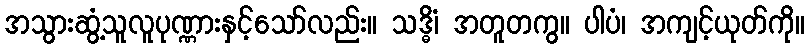
အသွားဆွံ့သူလူပုဏ္ဏားနှင့်သော်လည်း။ သဒ္ဓိံ၊ အတူတကွ။ ပါပံ၊ အကျင့်ယုတ်ကို။